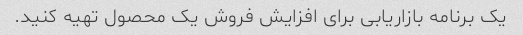
یک برنامه بازاریابی برای افزایش فروش یک محصول تهیه کنید.